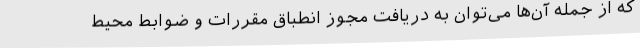
که از جمله آن‌ها می‌توان به دریافت مجوز انطباق مقررات و ضوابط محیط